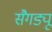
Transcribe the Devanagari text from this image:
सैगड्यू